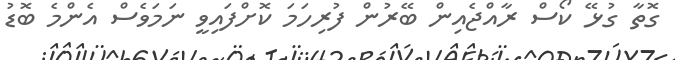
ގޮތާ ގުޅޭ ކޯސް ރާއްޖެއިން ބޭރުން ފުރިހަމަ ކޮށްފައިވީ ނަމަވެސް އެންމެ ބޮޑު